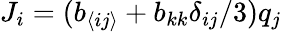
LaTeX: J_{i}=(b_{\langle ij\rangle}+b_{kk}\delta_{ij}/3)q_{j}